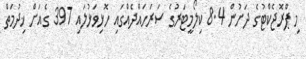
މި ޕްރޮޖެކްޓުގެ ދަށުން 8.4 ކިލޯމީޓަރުގެ ސަރަހައްދެއްގައި ހޮޅިވަޅުލައި 397 ގެއަށް ޚިދުމަތް